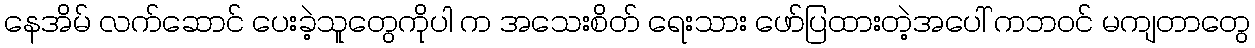
နေအိမ် လက်ဆောင် ပေးခဲ့သူတွေကိုပါ က အသေးစိတ် ရေးသား ဖော်ပြထားတဲ့အပေါ် ကဘဝင် မကျတာတွေ